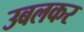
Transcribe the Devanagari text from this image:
उबलकर